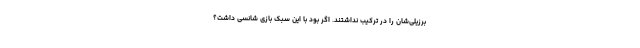
برزیلی‌شان را در ترکیب نداشتند. اگر بود با این سبک بازی شانسی داشت؟